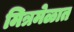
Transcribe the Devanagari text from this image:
मित्रमेळात